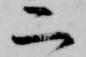
二